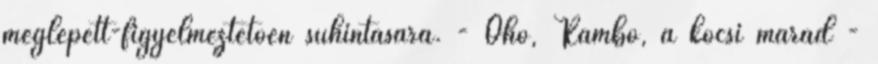
meglepett-figyelmeztetően suhintására. - Ohó, Rambó, a kocsi marad -